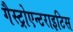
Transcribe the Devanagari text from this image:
गैस्ट्रोएन्टराइटिस